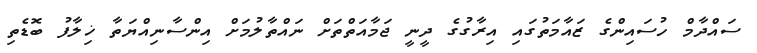
ސައްދާމް ހުސައިންގެ ޒައާމަތުގައި އިރާގުގެ ދީނީ ޖަމާއަތްތަށް ނައްތާލުމަށް އިންސާނިއްޔަތާ ޚިލާފު ބޮޑެތި